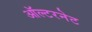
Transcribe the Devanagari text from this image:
ऑल्टरनेट